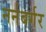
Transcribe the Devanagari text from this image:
नर्नबर्गर